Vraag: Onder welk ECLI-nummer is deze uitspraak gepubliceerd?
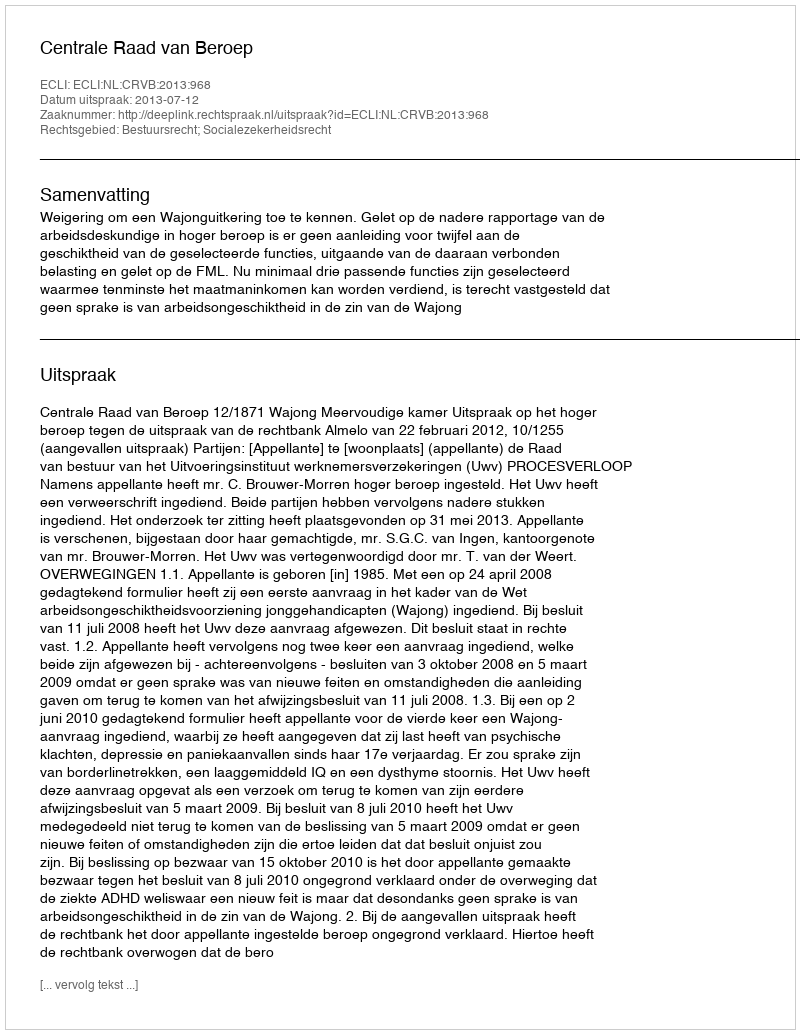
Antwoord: ECLI:NL:CRVB:2013:968